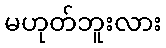
မဟုတ်ဘူးလား